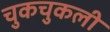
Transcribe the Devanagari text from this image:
चुकचुकली